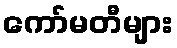
ကော်မတီများ